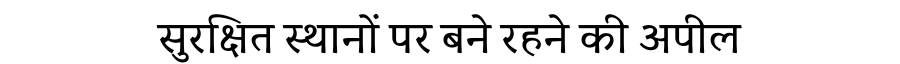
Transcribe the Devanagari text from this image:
सुरक्षित स्थानों पर बने रहने की अपील